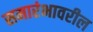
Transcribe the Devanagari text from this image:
समारंभावरील